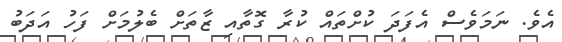
އެވެ. ނަމަވެސް އެފަދަ ކުށްތައް ކުރާ ގޮތާއި ޒާތަށް ބެލުމަށް ފަހު އަދަބު